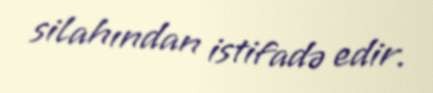
silahından istifadə edir.